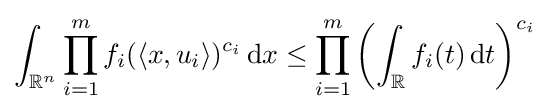
\int _{\mathbb {R} ^{n}}\prod _{i=1}^{m}f_{i}(\langle x,u_{i}\rangle )^{c_{i}}\,\mathrm {d} x\leq \prod _{i=1}^{m}\left(\int _{\mathbb {R} }f_{i}(t)\,\mathrm {d} t\right)^{c_{i}}